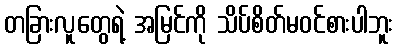
တခြားလူတွေရဲ့ အမြင်ကို သိပ်စိတ်မဝင်စားပါဘူး